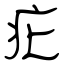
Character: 疕